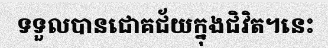
ទទួលបានជោគជ័យក្នុងជិវិត។នេះ